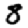
Digit: 8